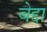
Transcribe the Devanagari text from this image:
बेद्दा